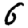
Digit: 6